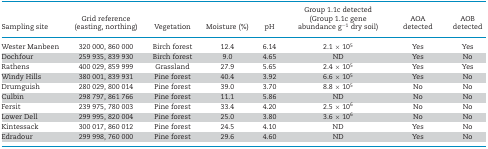
<table><thead><tr><td><b>Sampling site</b></td><td><b>Grid reference (easting, northing)</b></td><td><b>Vegetation</b></td><td><b>Moisture (%)</b></td><td><b>pH</b></td><td><b>Group 1.1c detected (Group 1.1c gene abundance g<sup>−1</sup> dry soil)</b></td><td><b>AOA detected</b></td><td><b>AOB detected</b></td></tr></thead><tbody><tr><td>Wester Manbeen</td><td>320 000, 860 000</td><td>Birch forest</td><td>12.4</td><td>6.14</td><td>2.1 × 10<sup>5</sup></td><td>Yes</td><td>Yes</td></tr><tr><td>Dochfour</td><td>259 935, 839 930</td><td>Birch forest</td><td>9.0</td><td>4.65</td><td>ND</td><td>Yes</td><td>No</td></tr><tr><td>Rathens</td><td>400 029, 859 999</td><td>Grassland</td><td>27.9</td><td>5.65</td><td>2.4 × 10<sup>5</sup></td><td>Yes</td><td>Yes</td></tr><tr><td>Windy Hills</td><td>380 001, 839 931</td><td>Pine forest</td><td>40.4</td><td>3.92</td><td>6.6 × 10<sup>5</sup></td><td>Yes</td><td>No</td></tr><tr><td>Drumguish</td><td>280 029, 800 014</td><td>Pine forest</td><td>39.0</td><td>3.70</td><td>8.8 × 10<sup>5</sup></td><td>No</td><td>No</td></tr><tr><td>Culbin</td><td>298 797, 861 766</td><td>Pine forest</td><td>11.1</td><td>5.86</td><td>ND</td><td>No</td><td>No</td></tr><tr><td>Fersit</td><td>239 975, 780 003</td><td>Pine forest</td><td>33.4</td><td>4.20</td><td>2.5 × 10<sup>6</sup></td><td>No</td><td>No</td></tr><tr><td>Lower Dell</td><td>299 995, 820 004</td><td>Pine forest</td><td>25.0</td><td>3.80</td><td>3.6 × 10<sup>6</sup></td><td>No</td><td>No</td></tr><tr><td>Kintessack</td><td>300 017, 860 012</td><td>Pine forest</td><td>24.5</td><td>4.10</td><td>ND</td><td>Yes</td><td>No</td></tr><tr><td>Edradour</td><td>299 998, 760 000</td><td>Pine forest</td><td>29.6</td><td>4.60</td><td>ND</td><td>Yes</td><td>No</td></tr></tbody></table>